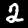
Label: 2